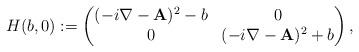
LaTeX: \begin{align*}H(b,0) := \begin{pmatrix} (-i\nabla - \textbf{A})^{2} - b & 0 \\ 0 & (-i\nabla - \textbf{A})^{2} + b\end{pmatrix},\end{align*}